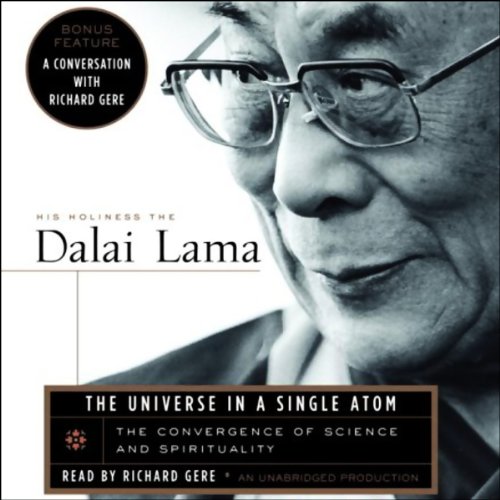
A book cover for The Universe in a Single Atom; His Holiness the Dalai Lama; Christian Books & Bibles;